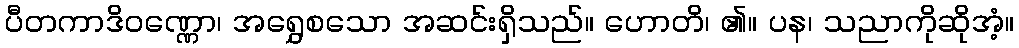
ပီတကာဒိဝဏ္ဏော၊ အရွှေစသော အဆင်းရှိသည်။ ဟောတိ၊ ၏။ ပန၊ သညာကိုဆိုအံ့။